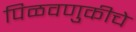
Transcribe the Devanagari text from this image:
पिळवणुकीचे